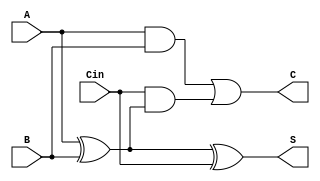
module DynamicCarrySaveAdder (
    input [N-1:0] A,      // First operand
    input [N-1:0] B,      // Second operand
    input [N-1:0] Cin,    // Carry-in
    output [N-1:0] S,     // Sum output
    output [N-1:0] C      // Carry output
);
    parameter N = 8; // Bit-width of the inputs

    // Intermediate wires for partial sums and carries
    wire [N-1:0] P; // Partial sum
    wire [N-1:0] G; // Generate carry

    // Calculate partial sums using XOR
    assign P = A ^ B; // Partial sum
    assign S = P ^ Cin; // Final sum output

    // Calculate carry generation using AND gates
    assign G = (A & B) | (Cin & P); // Carry output

    // Assign carry output
    assign C = G;

endmodule